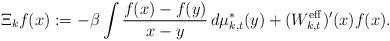
LaTeX: \begin{align*}\Xi_kf(x):=-\beta \int \frac{f(x)-f(y)}{x-y}\,d\mu_{k,t}^*(y) + (W_{k,t}^{\rm eff})'(x)f(x).\end{align*}